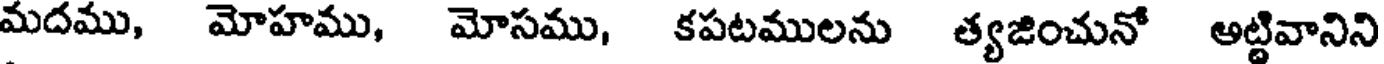
మదము, మోహము, మోసము, కపటములను త్యజించునో అట్టివానిని